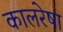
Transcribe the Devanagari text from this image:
कालरेषा